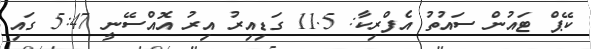
ކޭޕް ޓައުން ސައުތު އެފްރިކާ: 11.5 ގަޑިއިރު އިރު އޮއްސޭނީ 5:47 ގައި